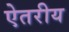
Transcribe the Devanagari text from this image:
ऐतरीय